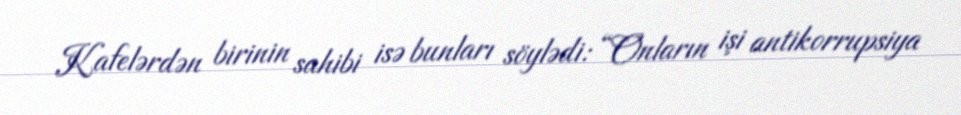
Kafelərdən birinin sahibi isə bunları söylədi: “Onların işi antikorrupsiya